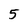
Character: 5